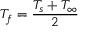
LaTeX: { { T } _ { f } } = { \frac { { { T } _ { s } } + { { T } _ { \infty } } } { 2 } }